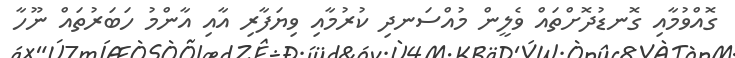
ގޮއްވުމާއި ގޮނޑުދޮށްތައް ވެލީން މުއްސަނދި ކުރުމާއި ވިޔަފާރި އާއި އާންމު ހަބަރުތައް ނޫހާ